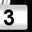
Digit: 3